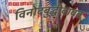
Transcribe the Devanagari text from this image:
विनोदबुद्धीबाबत